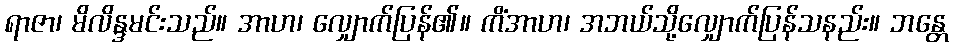
ရာဇာ၊ မိလိန္ဒမင်းသည်။ အာဟ၊ လျှောက်ပြန်၏။ ကိံအာဟ၊ အဘယ်သို့လျှောက်ပြန်သနည်း။ ဘန္တေ